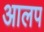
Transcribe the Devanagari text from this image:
आलप